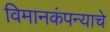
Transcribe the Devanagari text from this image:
विमानकंपन्याचे